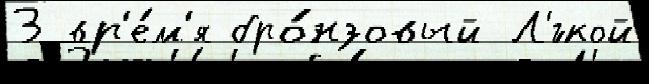
3 вр'е́м'я бро́нзовый Л'́гкой